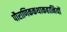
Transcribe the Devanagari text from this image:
पौराणिककथाकहानियों